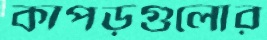
কাপড়গুলোর